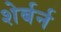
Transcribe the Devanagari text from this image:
शेर्बर्न